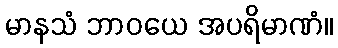
မာနသံ ဘာဝယေ အပရိမာဏံ။